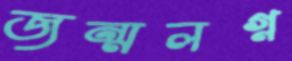
জন্মলগ্ন